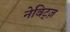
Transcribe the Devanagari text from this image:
नेविट्ज़